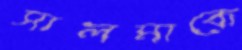
সালমাকে